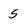
Character: 5